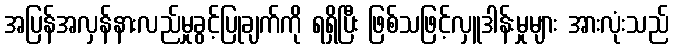
အပြန်အလှန်နားလည်မှုခွင့်ပြုချက်ကို ရရှိပြီး ဖြစ်သဖြင့်လှူဒါန်းမှုများ အားလုံးသည်